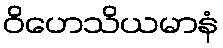
ဝိဟေသိယမာနံ